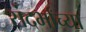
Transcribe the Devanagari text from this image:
संदर्भांच्या